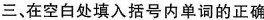
三、在空白处填入括号内单词的正确